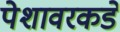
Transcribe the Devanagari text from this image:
पेशावरकडे